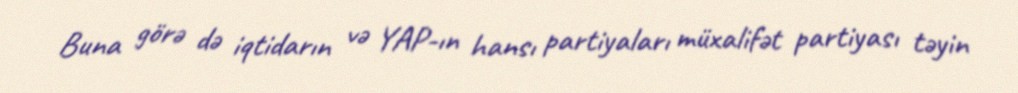
Buna görə də iqtidarın və YAP-ın hansı partiyaları müxalifət partiyası təyin